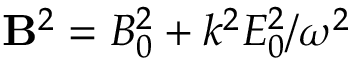
{ \bf B } ^ { 2 } = B _ { 0 } ^ { 2 } + k ^ { 2 } E _ { 0 } ^ { 2 } / \omega ^ { 2 }